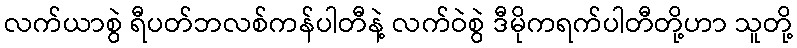
လက်ယာစွဲ ရီပတ်ဘလစ်ကန်ပါတီနဲ့ လက်ဝဲစွဲ ဒီမိုကရက်ပါတီတို့ဟာ သူတို့